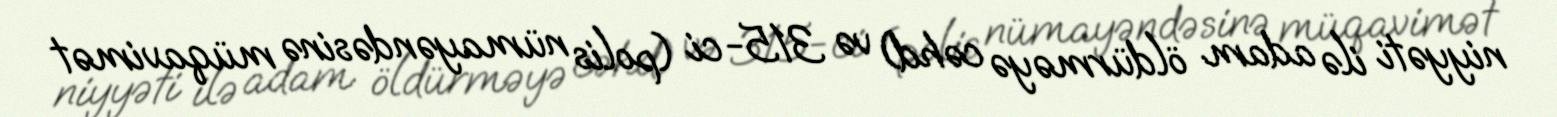
niyyəti ilə adam öldürməyə cəhd) və 315-ci (polis nümayəndəsinə müqavimət